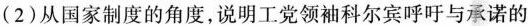
(2)从国家制度的角度，说明工党领袖科尔宾呼吁与承诺的